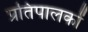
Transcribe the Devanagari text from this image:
प्रतिपालकों